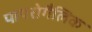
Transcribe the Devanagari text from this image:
पायरोगैलिक